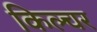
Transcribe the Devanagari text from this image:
किल्चर